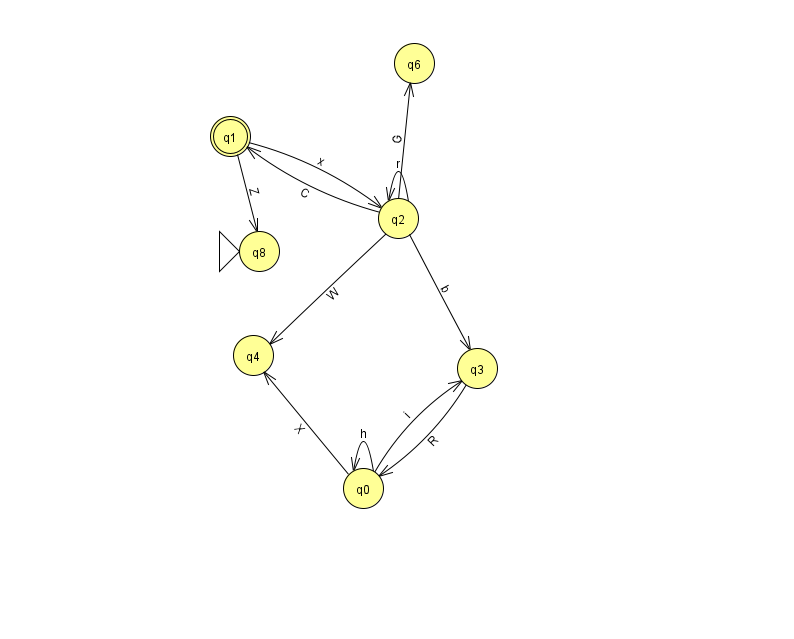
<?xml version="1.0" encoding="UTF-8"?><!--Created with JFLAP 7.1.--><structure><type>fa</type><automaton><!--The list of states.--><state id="0" name="q0"><x>363.0</x><y>475.0</y></state><state id="1" name="q1"><x>230.0</x><y>123.0</y><final/></state><state id="2" name="q2"><x>398.0</x><y>205.0</y></state><state id="3" name="q3"><x>477.0</x><y>355.0</y></state><state id="4" name="q4"><x>253.0</x><y>342.0</y></state><state id="6" name="q6"><x>414.0</x><y>50.0</y></state><state id="8" name="q8"><x>259.0</x><y>238.0</y><initial/></state><!--The list of transitions.--><transition><from>0</from><to>4</to><read>X</read></transition><transition><from>2</from><to>2</to><read>r</read></transition><transition><from>2</from><to>3</to><read>b</read></transition><transition><from>2</from><to>1</to><read>C</read></transition><transition><from>1</from><to>8</to><read>Z</read></transition><transition><from>2</from><to>6</to><read>G</read></transition><transition><from>3</from><to>0</to><read>R</read></transition><transition><from>0</from><to>0</to><read>h</read></transition><transition><from>1</from><to>2</to><read>x</read></transition><transition><from>2</from><to>4</to><read>W</read></transition><transition><from>0</from><to>3</to><read>i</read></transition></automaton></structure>